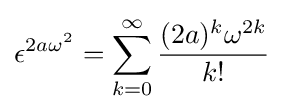
\epsilon ^{2a\omega ^{2}}=\sum _{k=0}^{\infty }{\frac {(2a)^{k}\omega ^{2k}}{k!}}